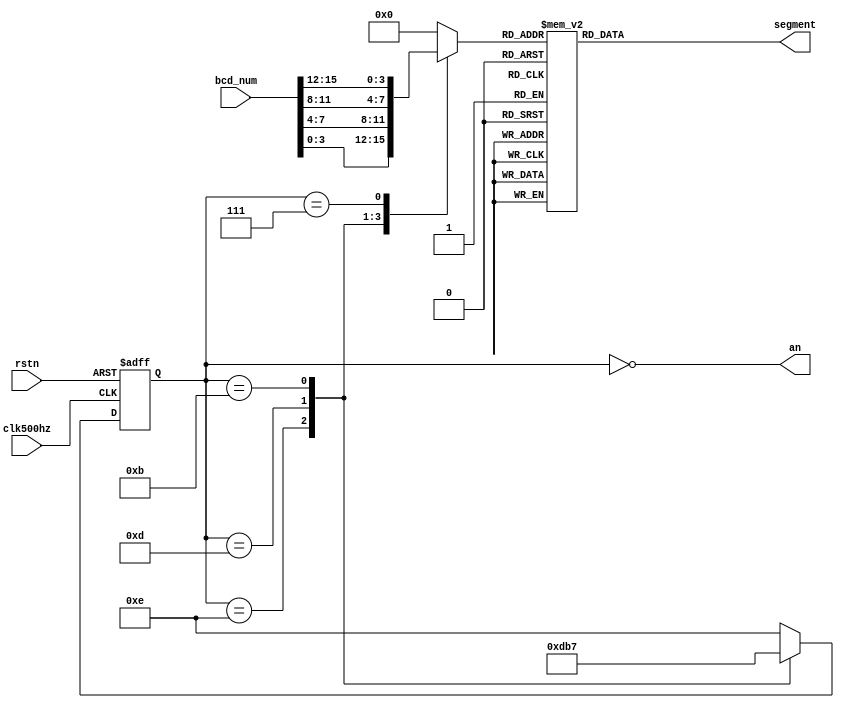
`timescale 1ns / 1ps
//////////////////////////////////////////////////////////////////////////////////
// Company: Singapore University of Tech and Design
// Design Name: 
// Module Name: Segment
// Project Name: 
// Target Devices: 
// Tool Versions: 
// Description: 
// Dependencies: 
// Revision:
// Revision 0.01 - File Created
// Additional Comments:
//////////////////////////////////////////////////////////////////////////////////

module Segment(
    input rstn,
    input clk500hz,
    input [15:0] bcd_num,
    output [3:0] an,
    output [6:0] segment
);
reg [6:0] segment_r;
reg [3:0] an_r;
assign segment =  segment_r;
reg [3:0] cur_num_r;        //Register - BCD Number Display at this moment; 
assign an = ~an_r;
//Drive 7Segment Anode;
//When an_r == 0001, DIG4 will turn on;
//When an_r == 0001, at posedge clk500hz, an_r will be set to 0010(DIG3 ON);
//When an_r == 0010, at posedge clk500hz, an_r will be set to 0100(DIG2 ON);
//....
//DIG4 -> DIG3 -> DIG2 -> DIG1 -> DIG4 -> DIG3 -> DIG2 -> ...;
always @(negedge rstn,posedge clk500hz)begin
    if(!rstn)begin
        an_r <= 4'b1111;    //When system reset, empty all display;
    end
    else begin
        case(an_r)                  
        4'b1110: an_r <= 4'b1101;   //DISPLAY ON DIG3
        4'b1101: an_r <= 4'b1011;   //DISPLAY ON DIG2
        4'b1011: an_r <= 4'b0111;   //DISPLAY ON DIG1
        default: an_r <= 4'b1110;   //DISPLAY ON DIG4
        endcase
    end
end

//When DIG4 on, BCD Number Display at this moment is bcd_num[3:0];  (i.e Stop Watch - Second Unit)
//When DIG3 on, BCD Number Display at this moment is bcd_num[7:4];  (i.e Stop Watch - Second Decade)
//When DIG2 on, BCD Number Display at this moment is bcd_num[11:8]; (i.e Stop Watch - Minute Unit)
//When DIG1 on, BCD Number Display at this moment is bcd_num[15:12];(i.e Stop Watch - Minute Decade)
always @(an_r,bcd_num)begin
    case(an_r)
        4'b1110: cur_num_r <= bcd_num[3:0];
        4'b1101: cur_num_r <= bcd_num[7:4];
        4'b1011: cur_num_r <= bcd_num[11:8];
        4'b0111: cur_num_r <= bcd_num[15:12];
        default: cur_num_r <= 4'b0;
    endcase    
end

//Decode BCD NUM into corrosponding 7Segment Code;
always @(cur_num_r) begin
    case(cur_num_r)
        4'h0:segment_r <= 7'b1000000;    //NUM "0."
        4'h1:segment_r <= 7'b1001111;    //NUM "1."
        4'h2:segment_r <= 7'b0100100;    //NUM "2."
        4'h3:segment_r <= 7'b0110000;    //NUM "3."#
        4'h4:segment_r <= 7'b0011001;    //NUM "4."
        4'h5:segment_r <= 7'b0010010;    //NUM "5."#
        4'h6:segment_r <= 7'b0000010;    //NUM "6."
        4'h7:segment_r <= 7'b1111000;    //NUM "7."
        4'h8:segment_r <= 7'b0000000;    //NUM "8."
        4'h9:segment_r <= 7'b0010000;    //NUM "9."#
        4'hd:segment_r <= 7'b0100001;    //NUM "d."#
        default: segment_r <= 7'h7f;
    endcase
end

endmodule